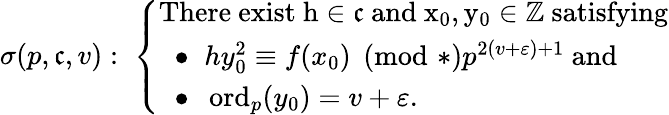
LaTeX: \sigma(p,\mathfrak{c},v):\; \left\{ \begin{array}{ll}{\mathrm{There~exist~h\in\mathfrak{c}~and~x_0,y_0\in\mathbb{Z}~satisfying}}\\ {\; \; \bullet\; \; hy_{0}^{2}\equiv f(x_{0})\pmod*{p^{2(v+\varepsilon)+1}}\mathrm{~and}}\\ {\; \; \bullet\; \; \operatorname{ord}_{p}(y_{0})=v+\varepsilon.}\end{array}\right.